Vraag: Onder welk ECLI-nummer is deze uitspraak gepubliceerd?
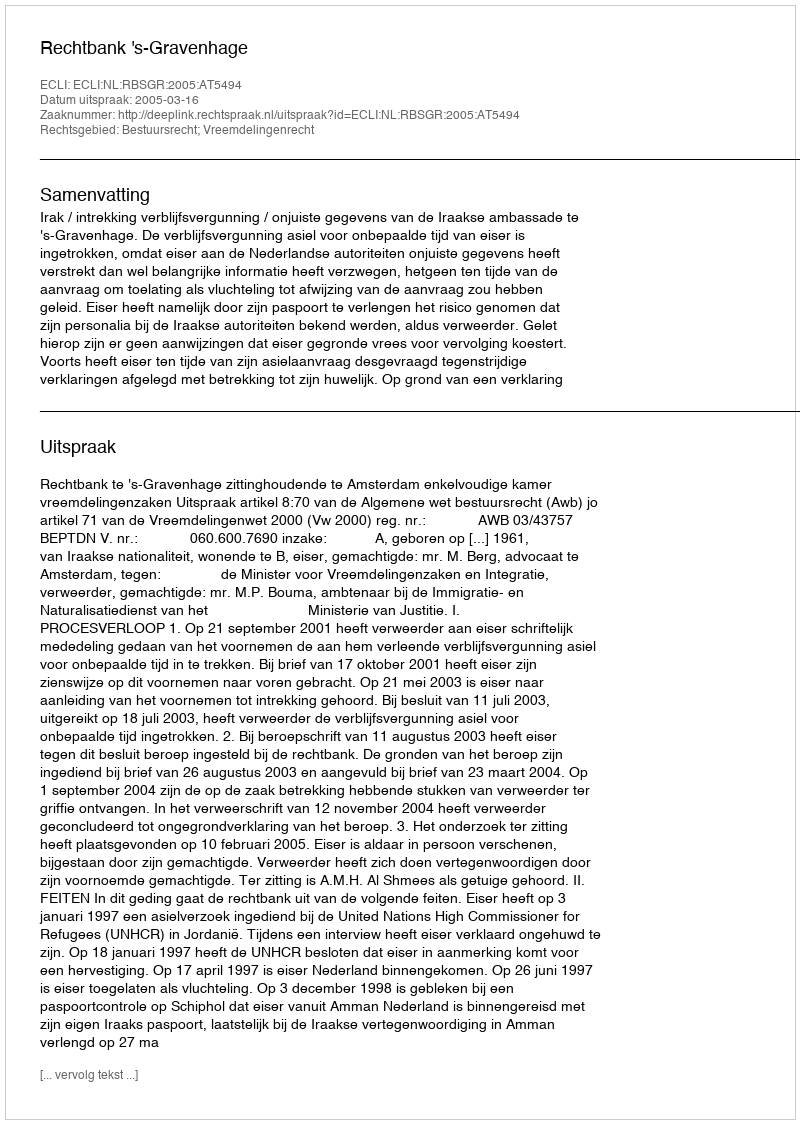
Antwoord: ECLI:NL:RBSGR:2005:AT5494